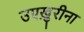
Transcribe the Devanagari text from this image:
उएख़ुरीना